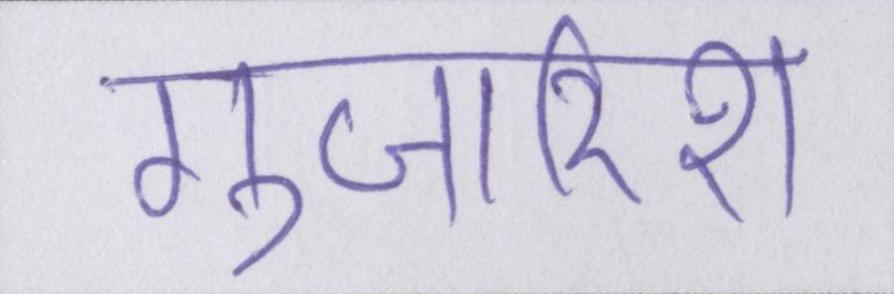
गुजारिश